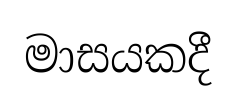
මාසයකදී